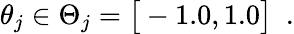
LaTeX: \theta_{j}\in\Theta_{j}=\big[-1.0,1.0\big]\enspace.